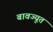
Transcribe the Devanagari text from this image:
बावज्यूत